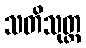
သတိသုတ္တ